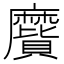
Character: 𪎬